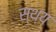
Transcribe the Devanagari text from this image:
स्थ्य